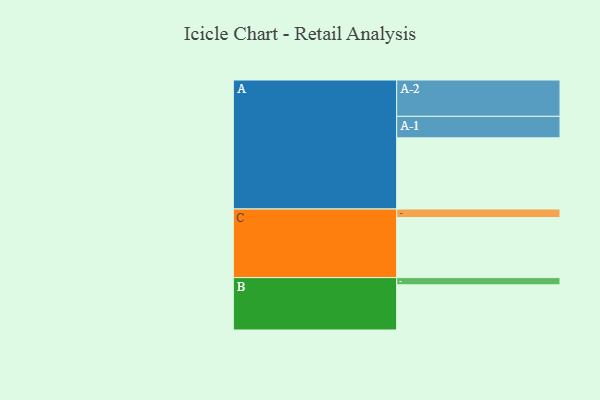
{"axis": {"x": "Segment", "y": "Value"}, "legend": ["", "A", "B", "C"], "data": [{"x": "A", "y": 523, "type": ""}, {"x": "B", "y": 332, "type": ""}, {"x": "C", "y": 441, "type": ""}, {"x": "A-1", "y": 158, "type": "A"}, {"x": "A-2", "y": 267, "type": "A"}, {"x": "B-1", "y": 53, "type": "B"}, {"x": "C-1", "y": 63, "type": "C"}]}